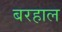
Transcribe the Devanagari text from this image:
बरहाल